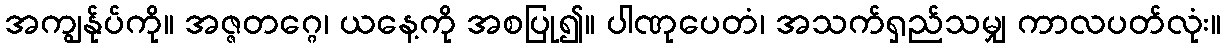
အကျွန်ုပ်ကို။ အဇ္ဇတဂ္ဂေ၊ ယနေ့ကို အစပြု၍။ ပါဏုပေတံ၊ အသက်ရှည်သမျှ ကာလပတ်လုံး။